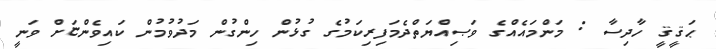
ޙަޤީޤީ ހާދިސާ : މަންމައެއްގެ ވަޞިއްޔަތްދެމަފިރިކަމުގެ ގުޅުން ހިންގުން މަދުވުމުން ކައިވެންޏަށް ވަނީ